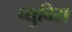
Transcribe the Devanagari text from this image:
प्युबिस